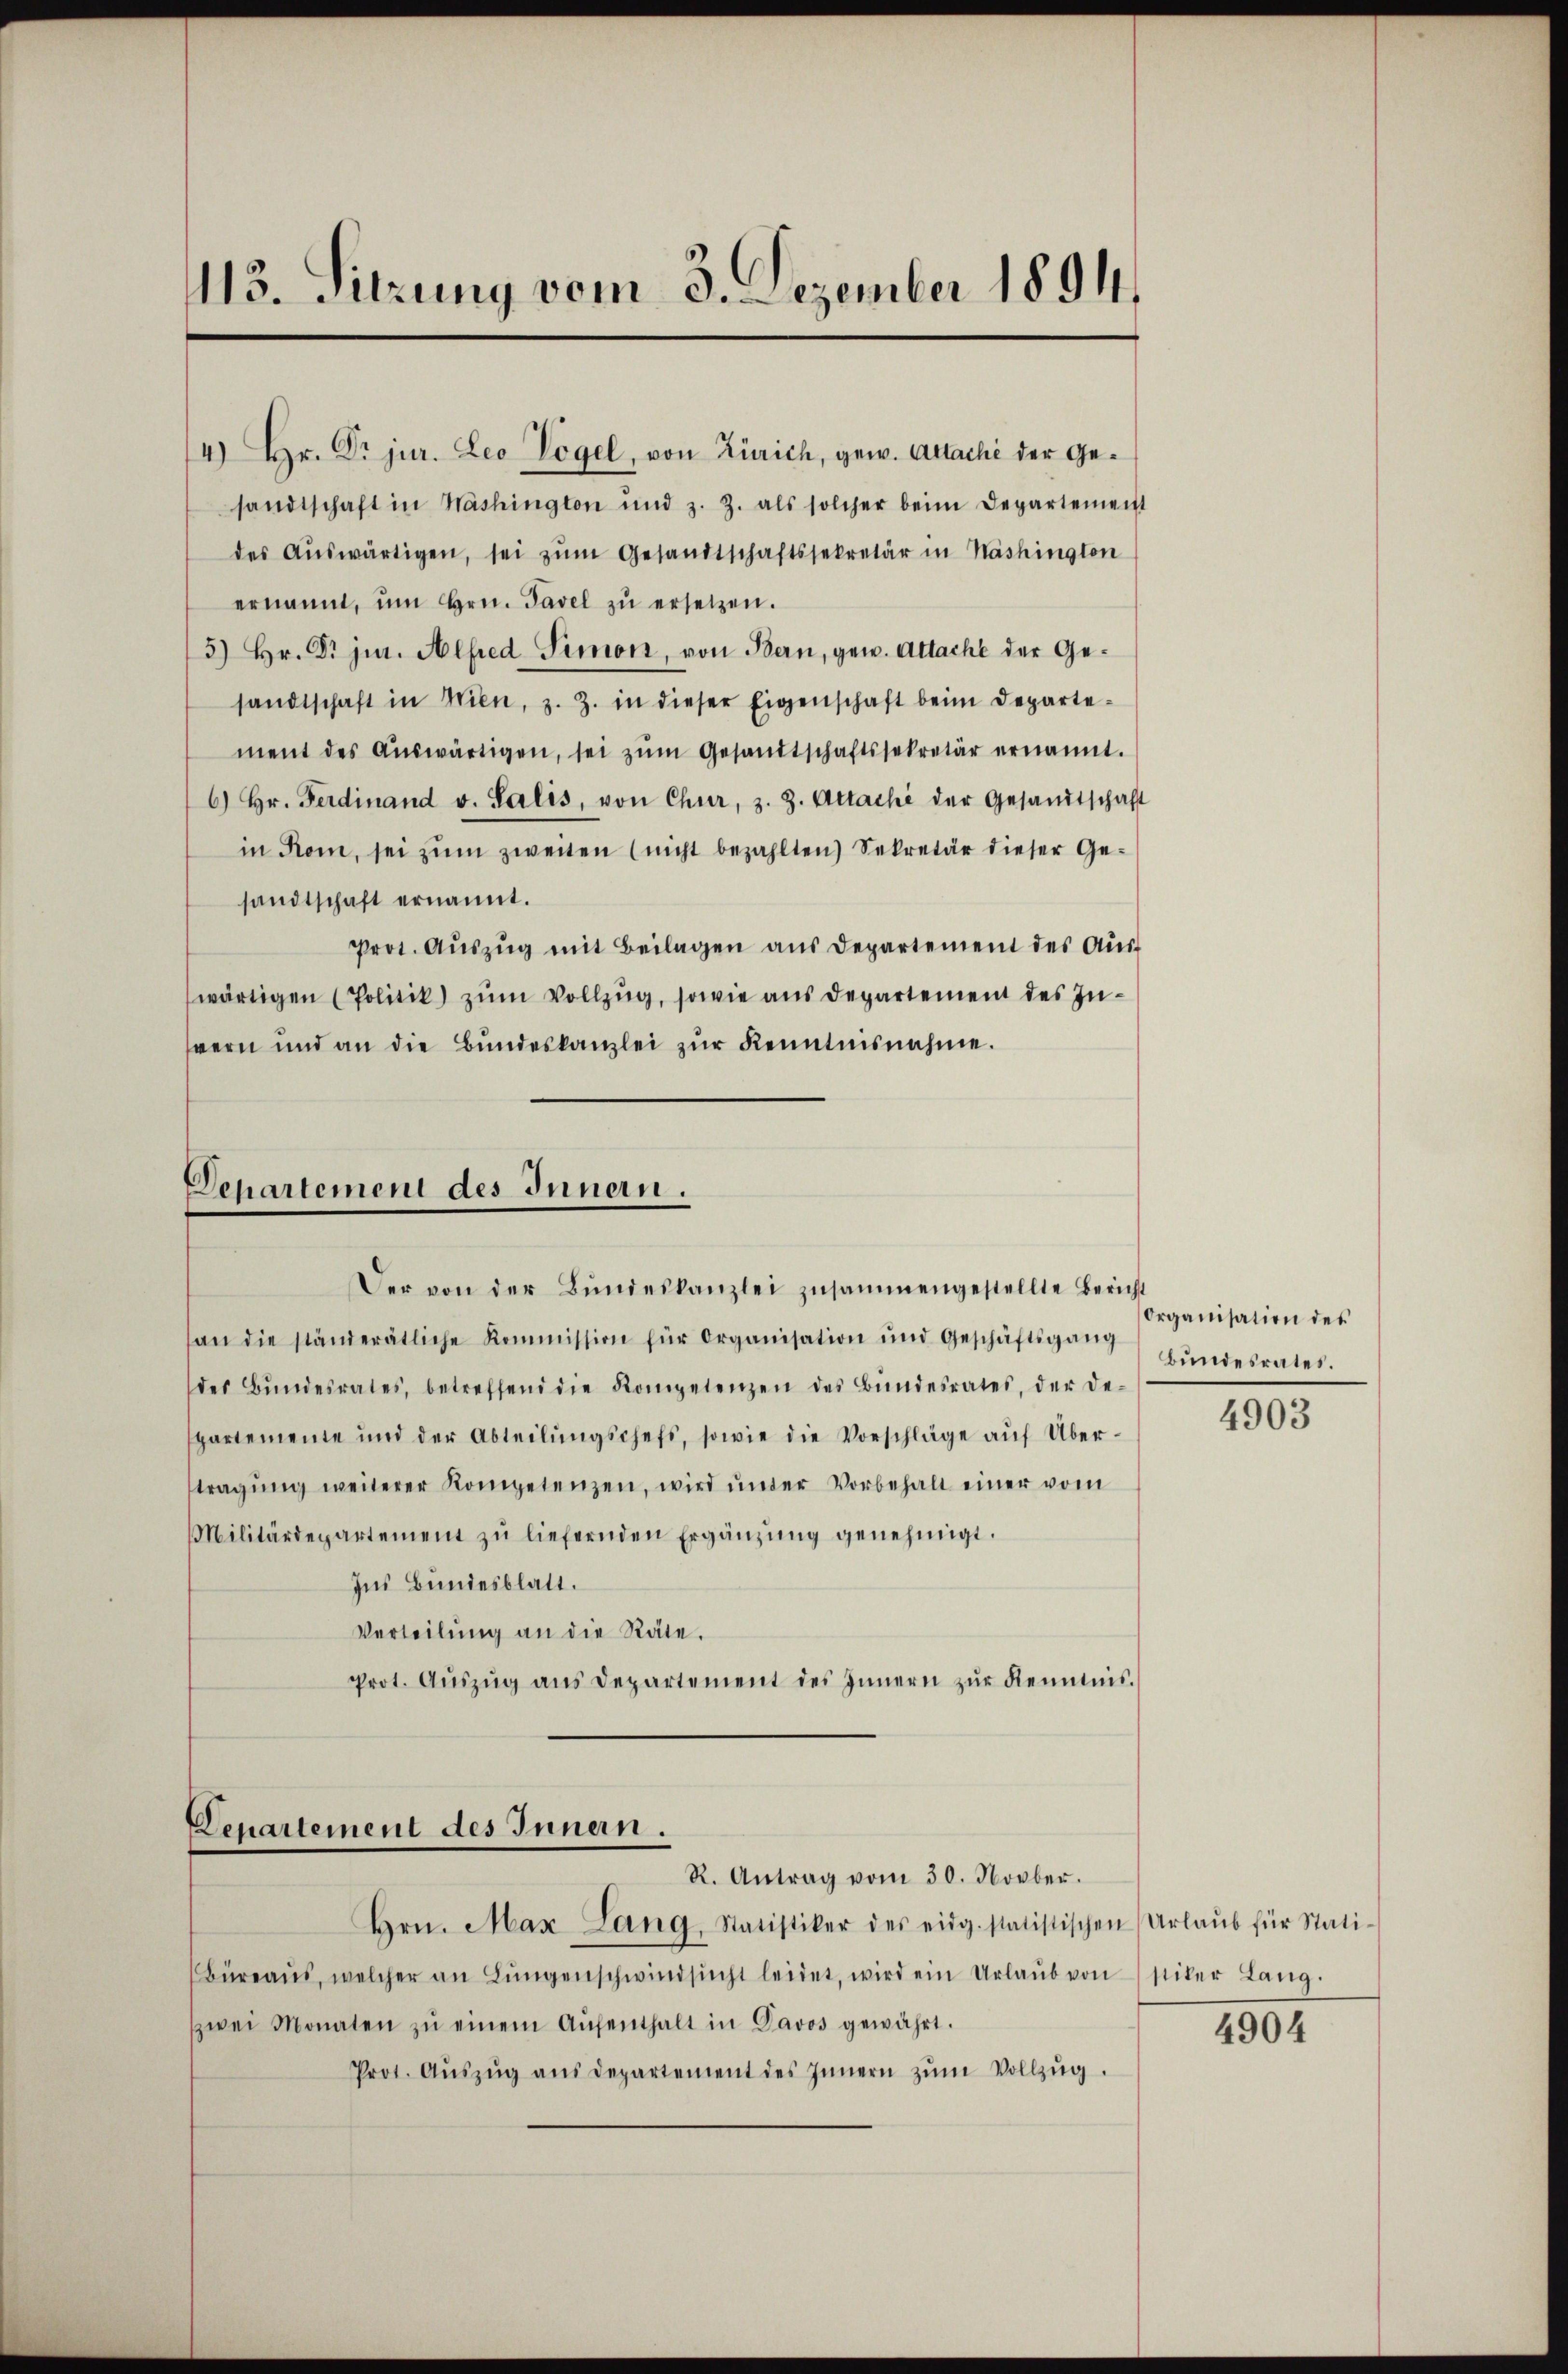
113. Sitzung vom 3. Dezember 1891.

4) Hr. Dr jur. Leo Vögel, von Zürich, gew. Attachi der Gesandtschaft in Washington und z. Z. als solcher beim Departement
des Aŭswärtigen, sei zŭm Gesandtschaftssekretär in Nashington
ernannt, ŭm Hrn. Tavel zŭ ersetzen.
5) Hr. Dr jur. Alfred Simon, von Bern, gew. Attache der Gesandtschaft in Wien, z. Z. in dieser Eigenschaft beim Departement des Aŭswärtigen, sei zŭm Gesandtschaftssekretär ernannt.
6) Hr. Ferdinand v. Salis, von Chur, z. Z. Attaché der Gesandtschaft
in Rom, sei zŭm zweiten (nicht bezahlten Sekretär dieser Gesandtschaft ernannt.
Prot. Aŭszŭg mit Beilagen aus Departement des Aŭs-
wärtigen (Politik) zum Vollzug, sowie aus Departement des Insern und an die Bŭndeskanzlei zŭr Kenntnisnahme.

Departement des Innern.
Der von der Bŭndeskanzlei zusammengestellte Bericht

an die ständerätliche Kommission für Organisation und Geschäftsgang
des Bŭndesrates, betreffend die Kompetenzen des Bŭndesrates, der de-
partemente und der Abteilŭngschefs, sowie die Vorschläge aŭf Über-
tragŭng weiterer Kompetenzen, wird ŭnter Vorbehalt einer vom
Militärdepartement zŭ liefernden Ergänzŭng genehmigt.
Ins Bundesblatt.
Verteilŭng an die Räte.
Prot. Aŭszŭg ans Departement des Innern zŭr Kenntnis.

Denartement des Innern.
R. Antrag vom 30. Novber.

Organisation des
Bundesrates.

Hrn. Max Lang, Statistiker des eidg. statistischen Urlaŭb für Stati-
Büreaŭs, welcher an Lŭngenschwindsucht leidet, wird ein Urlaŭb von stiler Lang.
zwei Monaten zŭ einem Aŭfenthalt in Davos gewährt.
Prot. Aŭszŭg aŭs departement des Innern zŭm Vollzŭg.

4903

4904